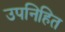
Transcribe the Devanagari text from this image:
उपनिहित